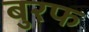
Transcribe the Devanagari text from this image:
बुरफ